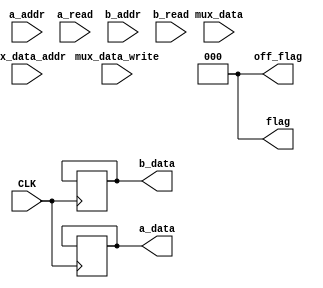
`timescale 1ns / 1ps

module REGBANK(
    input CLK,
    
    input [15:0] mux_data,
    
    input [3:0] mux_data_addr,  
    input       mux_data_write, 
    
    input [3:0] a_addr,
    input       a_read,
    
    input [3:0] b_addr,
    input       b_read,
    
    output reg [15:0]  a_data,
    output reg [15:0]  b_data,
    output reg [2:0]   flag,
    output reg [2:0] off_flag
);

reg [15:0] bank [15:0];         //16, 16-bit register bank
//reg [2:0] flag;                 //write, a read, b read

//Disconnect a and b data values in beginning
initial begin
    a_data = 16'hzzzz;
    b_data = 16'hzzzz;
    //bank[4'hF] = 16'h9070; //FOR TESTING
end

initial flag = 3'b000;
initial off_flag = 3'b000;


always@(posedge mux_data_write) flag[2] = 1;
always@(posedge a_read) flag[1] = 1;
always@(posedge b_read) flag[0] = 1;

/*
always@(negedge mux_data_write) off_flag[2] = 1;

always@(negedge CLK) begin
    
    if(off_flag[2]) begin
        
    end

end
*/

always@(posedge CLK) begin

    if(flag[2]) begin
        bank[mux_data_addr] = mux_data;
        
        flag[2] =  0;
    end
    if(flag[1]) begin
        a_data = bank[a_addr];
        
        flag[1] = 0;
    end
    if(flag[0]) begin
        b_data = bank[b_addr];
        
        flag[0] = 0;        
    end

end



/*   
    case( {flag[2], flag[1], flag[0] } )
        3'b100: begin
                    bank[mux_data_addr] = mux_data;
                    a_data = 16'hzzzz;
                    b_data = 16'hzzzz;
                
                    flag[2] = 0;
                end
        3'b010: begin
                    a_data = bank[a_addr];
                    b_data = 16'hzzzz;
                
                    flag[1] = 0;
                end
        3'b001: begin
                    a_data = 16'hzzzz;
                    b_data = bank[b_addr];
                
                    flag[0] = 0;  
                end
        3'b011: begin
                    a_data = bank[a_addr];
                    b_data = bank[b_addr];
                    
                    flag[1:0] = 2'b00;
                end
    endcase
*/    


/*
always@(posedge CLK) begin
    casez( {mux_data_write, a_read, b_read} )
        //cannot write and read
        3'b111: begin
                    a_data = 16'hzzzz;
                    b_data = 16'hzzzz;
                end
        3'b11?: begin
                    a_data = 16'hzzzz;
                    b_data = 16'hzzzz;
                end
        3'b1?1: begin
                    a_data = 16'hzzzz;
                    b_data = 16'hzzzz;
                end
        3'b1??: begin   //now we can write
                    bank[mux_data_addr] = mux_data;
                    a_data = 16'hzzzz;
                    b_data = 16'hzzzz;
                end
        3'b?11: begin   //show a and b if write is z or 0
                    a_data = bank[a_addr];
                    b_data = bank[b_addr];
                end
        3'b??1: begin
                    a_data = 16'hzzzz;
                    b_data = bank[b_addr];  //only b_read is valid                    
                end
        3'b?1?: begin
                    a_data = bank[a_addr];  //only a_read is valid
                    b_data = 16'hzzzz;
                end
        default: begin  //d/c if no control signals
                    a_data = 16'hzzzz;
                    b_data = 16'hzzzz;
                end
    
    endcase
end
*/




endmodule